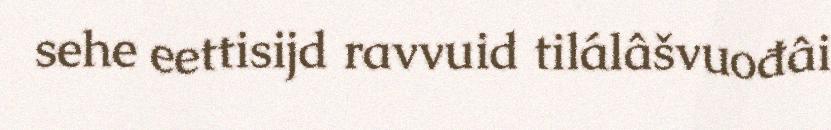
sehe eettisijd ravvuid tilálâšvuođâi